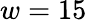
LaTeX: w=15